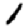
Digit: 1